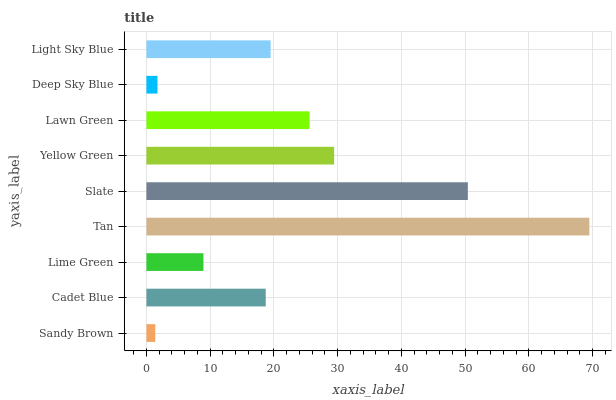
| yaxis_label | bars |
 | --- | --- |
 | Sandy Brown | 1.39 |
 | Cadet Blue | 18.7 |
 | Lime Green | 8.95 |
 | Tan | 69.5 |
 | Slate | 50.4 |
 | Yellow Green | 29.5 |
 | Lawn Green | 25.6 |
 | Deep Sky Blue | 1.74 |
 | Light Sky Blue | 19.5 |